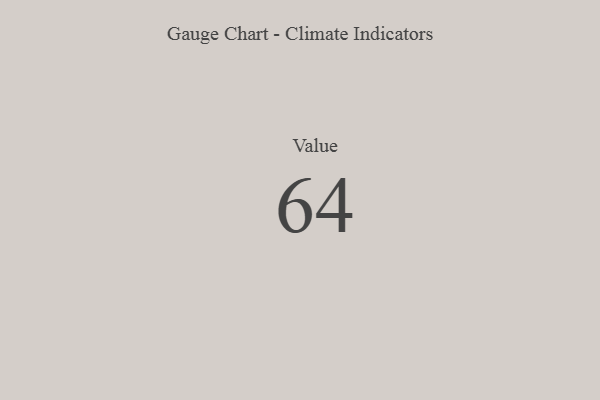
{"axis": {"x": "Metric", "y": "Value"}, "legend": [""], "data": [{"x": "Value", "y": 64, "type": ""}]}